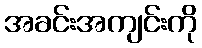
အခင်းအကျင်းကို